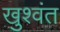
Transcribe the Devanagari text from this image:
खुश्वंत